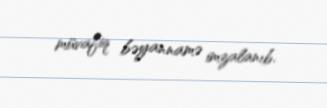
müvafiq bəyannamə imzalanıb.